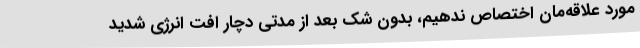
مورد علاقه‌مان اختصاص ندهیم، بدون شک بعد از مدتی دچار افت انرژی شدید